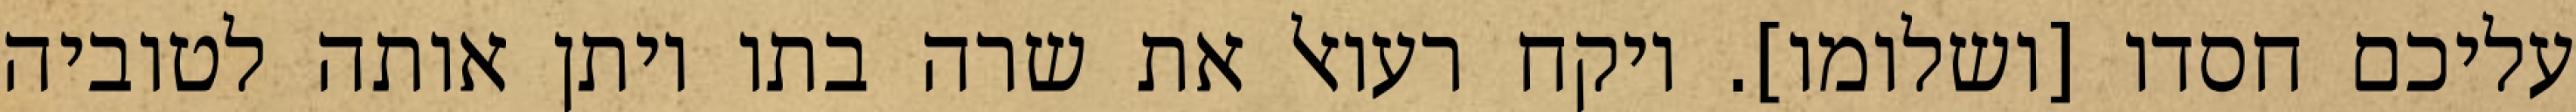
עליכם חסדו [ושלומו]. ויקח רעואל את שרה בתו ויתן אותה לטוביה